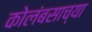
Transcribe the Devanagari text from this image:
कोलंबसाच्या